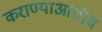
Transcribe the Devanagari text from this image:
कराण्याआधीच